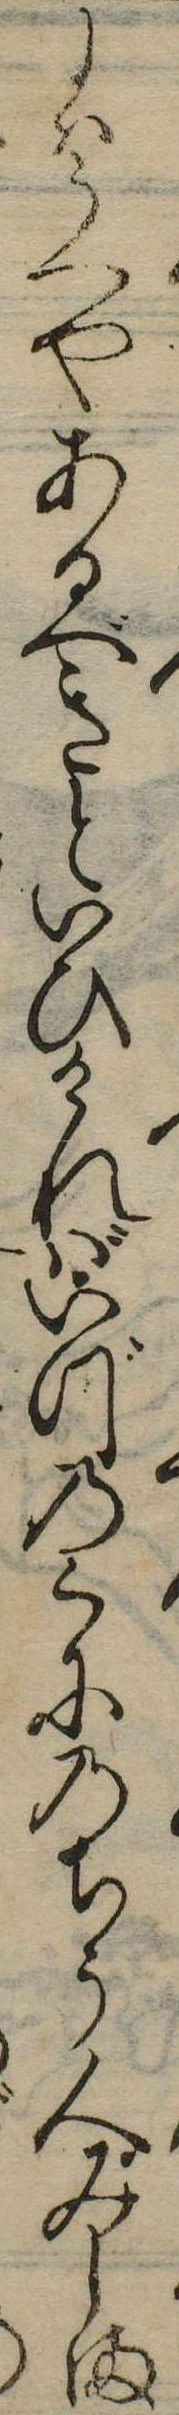
にはうへやあるべきといひければいづのくにのちう人みしま